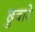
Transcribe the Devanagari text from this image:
छुवारे